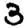
Digit: 3